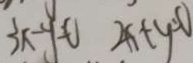
3 x - y = 0 2 x + y = 0